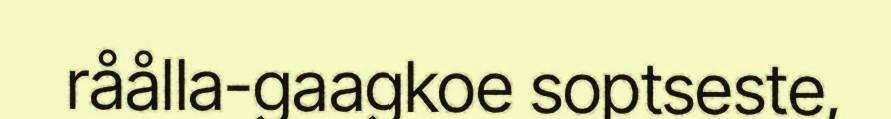
råålla-gaagkoe soptseste,